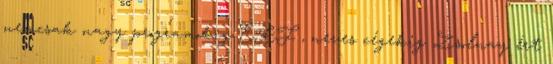
nemcsak nagy programokig EKF , neves cégekig Zsolnay ért